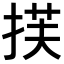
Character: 𫽈